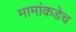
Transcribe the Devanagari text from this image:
मामांकडेच